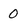
Character: 0